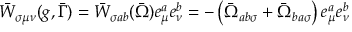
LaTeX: \bar { W } _ { \sigma \mu \nu } ( g , \bar { \Gamma } ) = \bar { W } _ { \sigma a b } ( \bar { \Omega } ) e _ { \mu } ^ { a } e _ { \nu } ^ { b } = - \left( \bar { \Omega } _ { a b \sigma } + \bar { \Omega } _ { b a \sigma } \right) e _ { \mu } ^ { a } e _ { \nu } ^ { b }